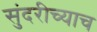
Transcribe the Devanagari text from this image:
सुंदरीच्याच